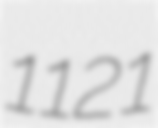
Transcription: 1121